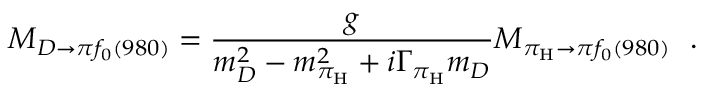
{ \cal M } _ { D \to \pi f _ { 0 } ( 9 8 0 ) } = { \frac { g } { m _ { D } ^ { 2 } - m _ { \pi _ { \mathrm { H } } } ^ { 2 } + i \Gamma _ { \pi _ { \mathrm { H } } } m _ { D } } } { \cal M } _ { \pi _ { \mathrm { H } } \to \pi f _ { 0 } ( 9 8 0 ) } \ \ .